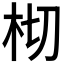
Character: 𣐆